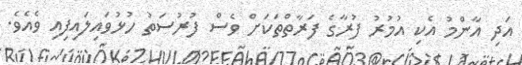
އަދި އާންމު އެކި އުމުރު ފުރާގެ ފަރާތްތަކަށް ވެސް ފުރުސަތު ހުޅުވައިލައިފިއި ވެއެވެ.